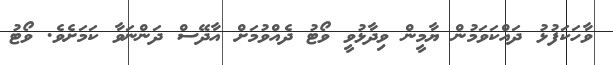
ވާހަކަފުޅު ދައްކަވަމުން ޔާމީން ވިދާޅުވީ ވޯޓު ދެއްވުމަށް އާދޭސް ދަންނަވާ ކަމަށެވެ. ވޯޓު